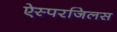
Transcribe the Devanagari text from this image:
ऐस्परजिलस